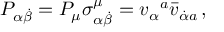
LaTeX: P _ { \alpha \dot { \beta } } = P _ { \mu } \sigma _ { \alpha \dot { \beta } } ^ { \mu } = v _ { \alpha } { } ^ { a } \bar { v } _ { \dot { \alpha } { } a } \, ,